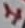
Text: 1